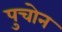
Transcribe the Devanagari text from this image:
पुचोन